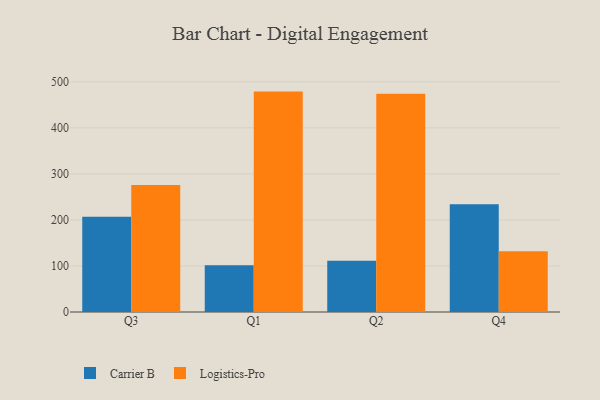
{"axis": {"x": "Quarter", "y": "Backlog"}, "legend": ["Carrier B", "Logistics-Pro"], "data": [{"x": "Q3", "y": 207.1, "type": "Carrier B"}, {"x": "Q3", "y": 276.0, "type": "Logistics-Pro"}, {"x": "Q1", "y": 101.7, "type": "Carrier B"}, {"x": "Q1", "y": 478.8, "type": "Logistics-Pro"}, {"x": "Q2", "y": 111.2, "type": "Carrier B"}, {"x": "Q2", "y": 473.9, "type": "Logistics-Pro"}, {"x": "Q4", "y": 234.3, "type": "Carrier B"}, {"x": "Q4", "y": 131.9, "type": "Logistics-Pro"}]}